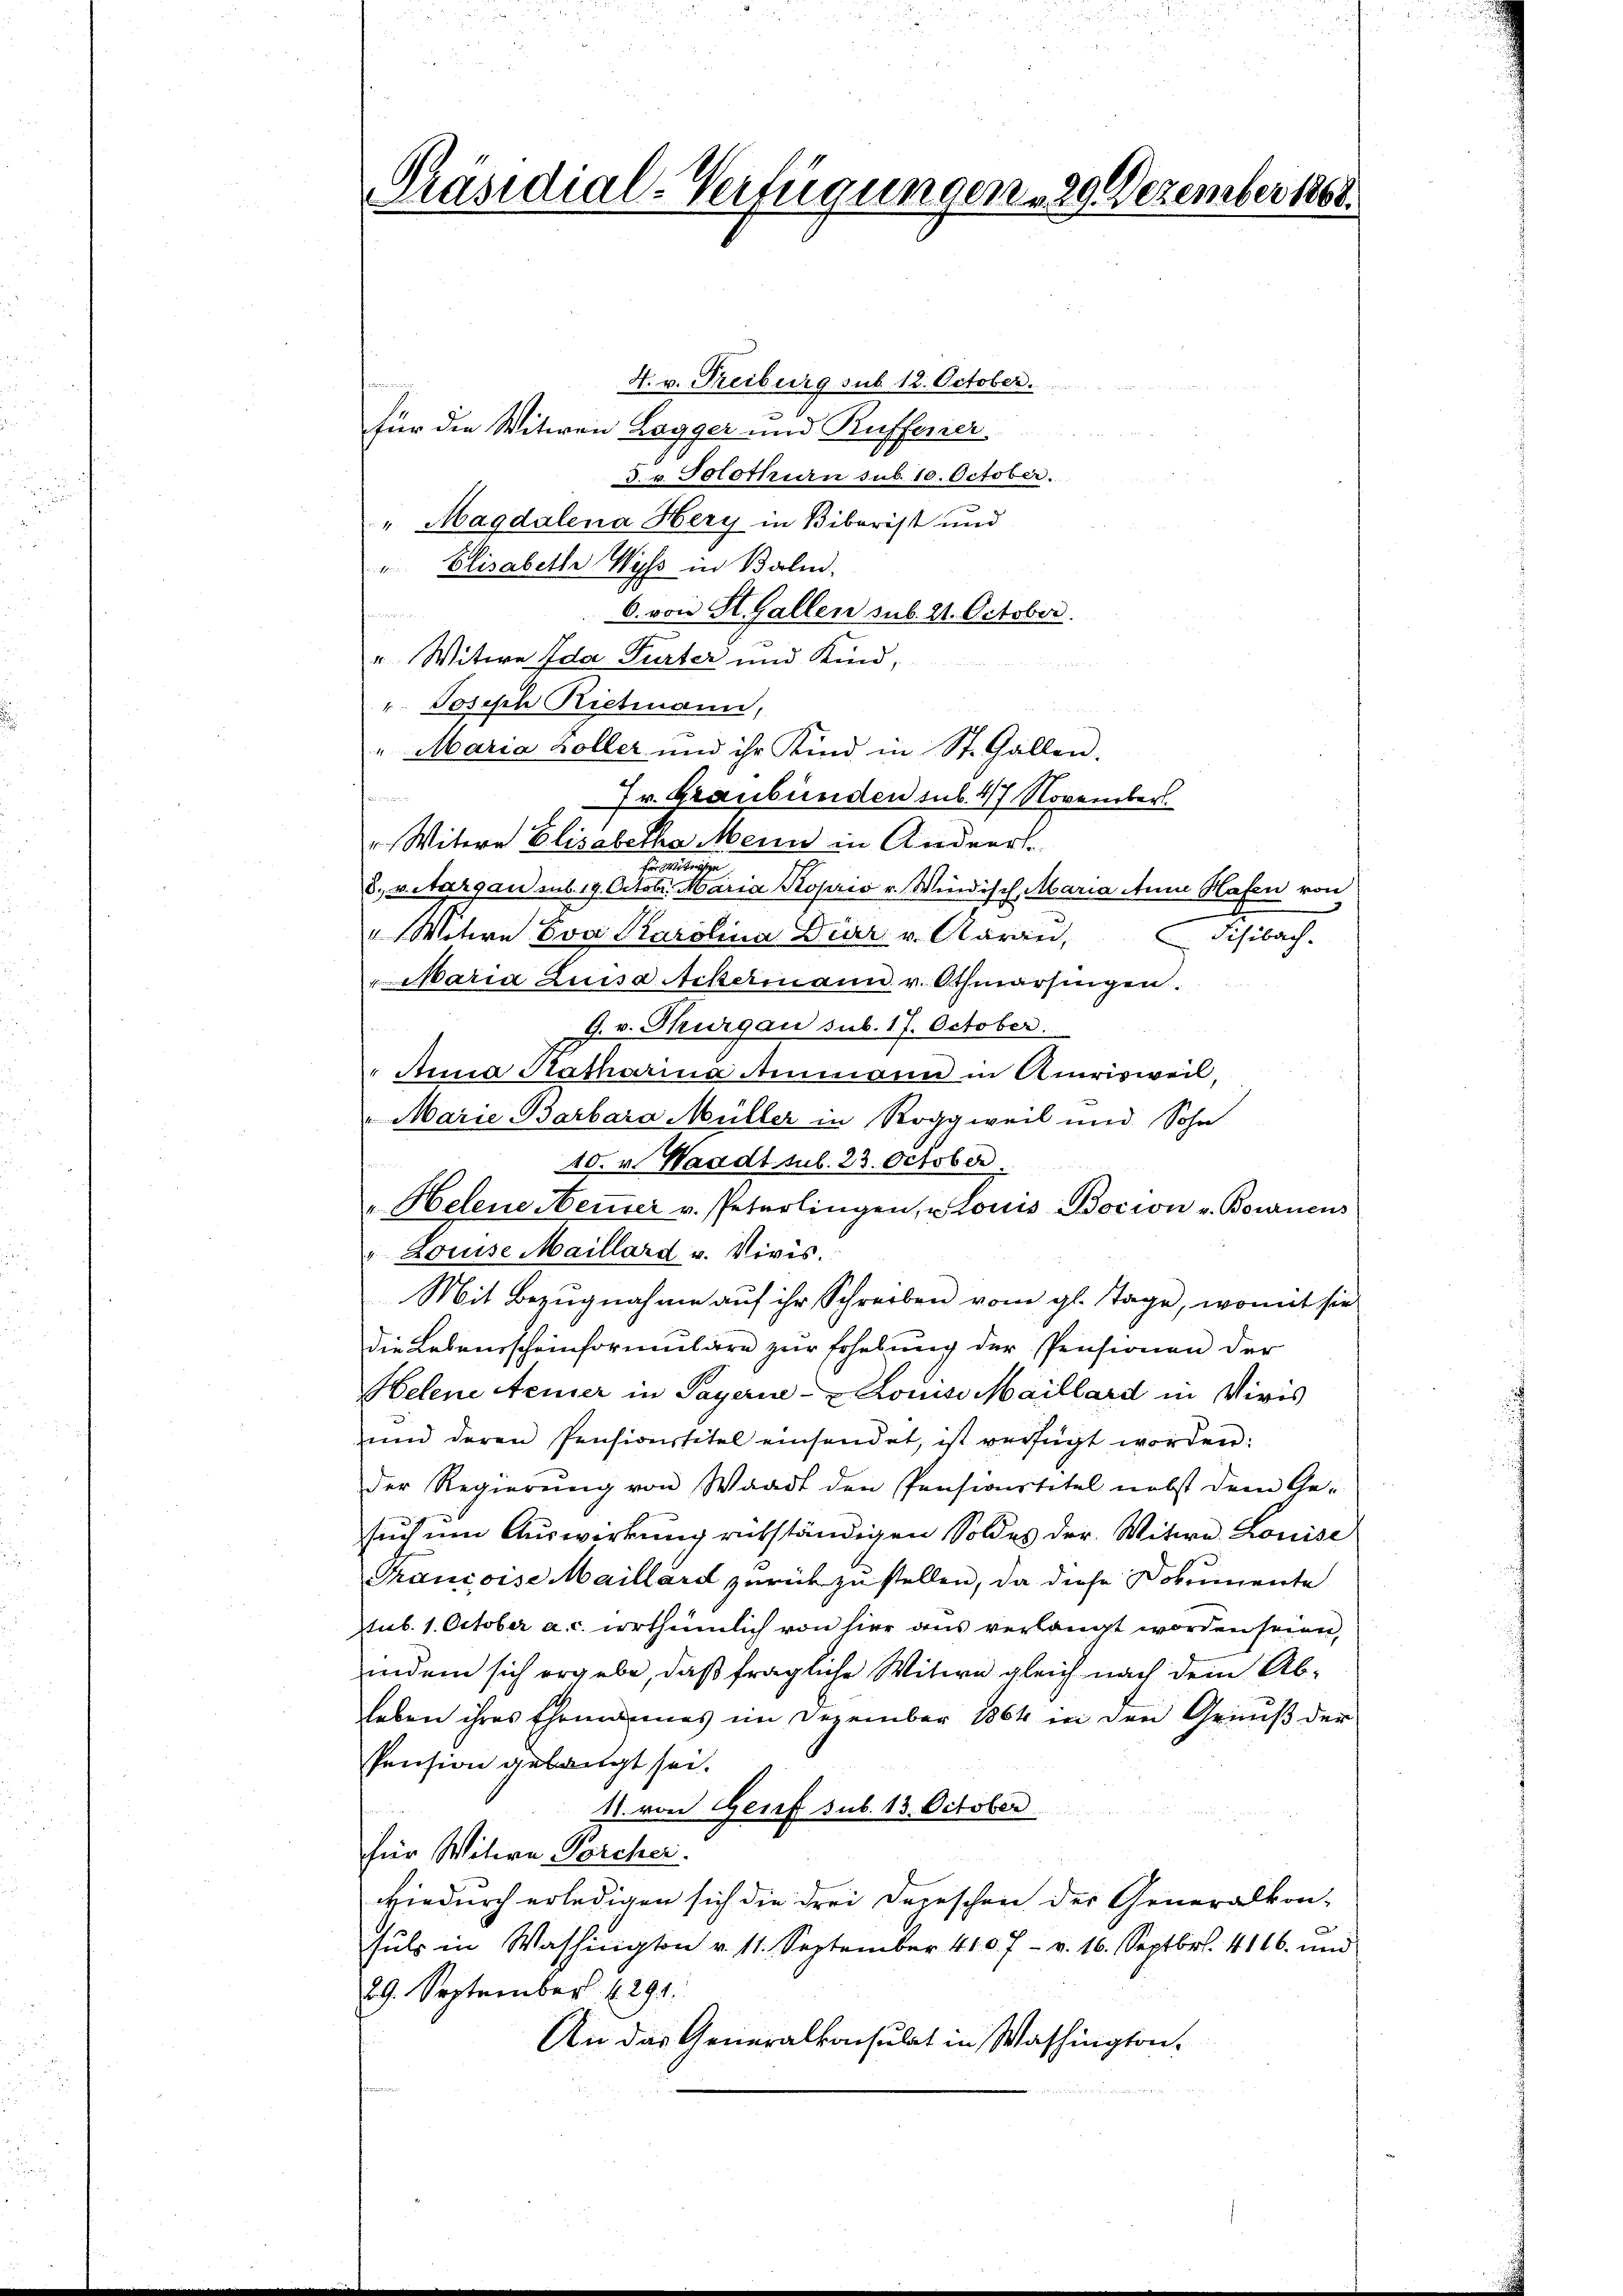
Präsidial-Verfügungen, 29. Dezember 1868.

4. v. Freiburg sub. 12. October.
für die Witwen Lagger und Kuffener
3. v. Solothurn sub. 10. October.
" Magdalena Hery in Bibarist und
" Elisabeth Wyss in Balm,
6. von St. Gallen sub. 21. October.
" Witwe Ida Furter und Kind,
die Miter
r. Josisch Riehmann,
" Maria Koller und ihr Kind in St. Gallen.

Jr. Graubünden sub. 47 November.
Witere Elisabetha Mein in Andert.
miteigen
8. v. Aargau aus 19. Octobr. Maria Koprio r. Windisch Maria Anm Hafen von
"Witere Eva Karolina Diar v. Aarau,
sia.
"Maria Luisa Ackermann v. Othmarsingen.
G. v. Thurgau sub. 17. October.
 Anna Katharina Ammann in Amrisweil,
"Marie Barbara Müller in Roggweil und Sohn
40. v. Waadt sub. 23. October.
"Helene Nemmer v. Peterlingen, u. Louis Bocion v. Bournens
Louise Maillard v. Vivis.
Mit Bezugnahme auf ihr Schreiben vom gl. Tage, womit sie
die Lebensscheinformulare zur Erhebung der Pensionen der
Helene Aener in Payeria- Louise Maillard in Viris
und deren Pensionstitel einsendet, ist verfügt worden:
der Regierŭng von Waadt den Pensionstitel nebst dem Ge-
such um Auswirkung rükständigen Soldes der Witwe. Louise
Francoise Maillard zurückzustellen, da diese Dokumente
sub. 1. October a. c. erthümlich von hier aus verlangt worden seien,
indem sich ergebe, daß fragliche Witwe gleich nach dem Ableben ihres Ehemannes im Dezember 1864 in den Genuß der
Pension gelangt sei.
11. von Genf sub. 13. October
für Witwe Forcher.
wiedurch erledigen sich die drei Depeschen der Generalkon-
.
hals in Washington v. 11. September 4107- v. 16. Septbr. 4116. und
29. September 1. 291.
An das Generalkonsulat in Washington.